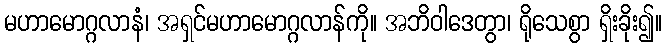
မဟာမောဂ္ဂလာနံ၊ အရှင်မဟာမောဂ္ဂလာန်ကို။ အဘိဝါဒေတွာ၊ ရိုသေစွာ ရှိးခိုး၍။